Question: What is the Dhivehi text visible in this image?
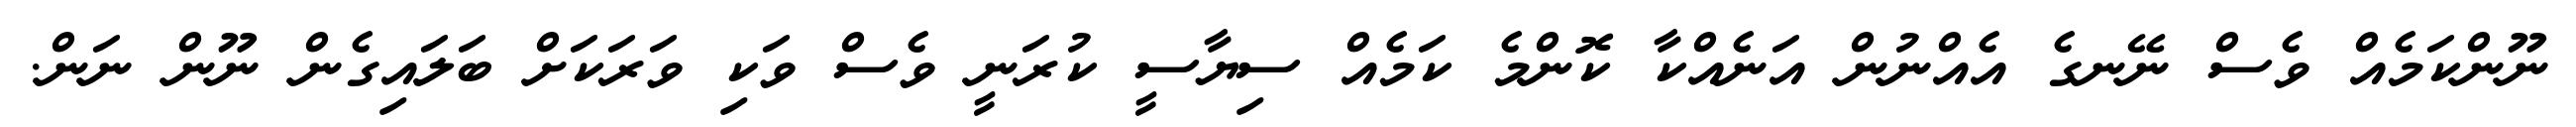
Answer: ނޫންކަމެއް ވެސް ނޭނގެ އެއްނުން އަނެއްކާ ކޮންމެ ކަމެއް ސިޔާސީ ކުރަނީ ވެސް ވަކި ވަރަކަށް ބަލައިގެން ނޫން ނަން.